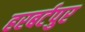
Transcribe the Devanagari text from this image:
हरबर्टपुर